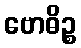
ဗောဓိဉ္စ